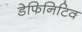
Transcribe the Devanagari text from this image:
डेफिनिटिव